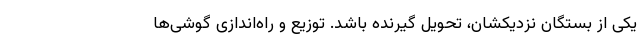
یکی از بستگان نزدیکشان، تحویل گیرنده باشد. توزیع و راه‌اندازی گوشی‌ها